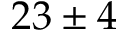
2 3 \pm 4